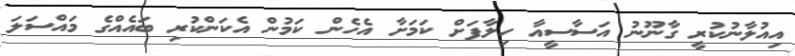
އިއުލާނުކުރީ ގާނޫނު އަސާސީއާ ހިލާފަށް ކަމަށާ އެހެން ކަމުން އެކަންކުރި ބައެއްގެ މައްސަލަ